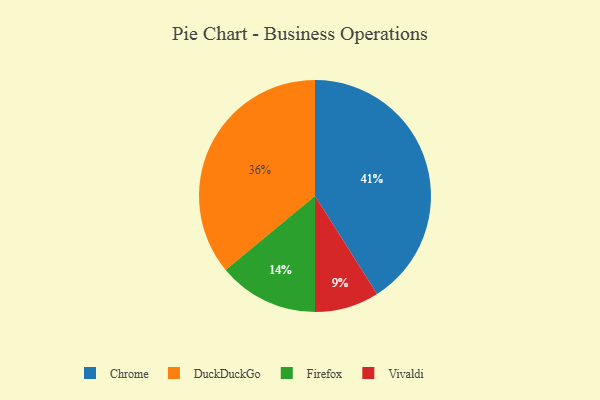
{"axis": {"x": "Category", "y": "Percentage"}, "legend": ["Chrome", "DuckDuckGo", "Firefox", "Vivaldi"], "data": [{"x": "DuckDuckGo", "y": 36, "type": "DuckDuckGo"}, {"x": "Chrome", "y": 41, "type": "Chrome"}, {"x": "Vivaldi", "y": 9, "type": "Vivaldi"}, {"x": "Firefox", "y": 14, "type": "Firefox"}]}